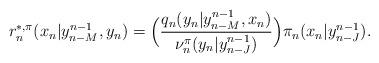
LaTeX: \begin{align*}r^{*,\pi}_n(x_n|y^{n-1}_{n-M},y_n)=\Big(\frac{q_n(y_n|y^{n-1}_{n-M},x_n)}{\nu^{\pi}_{n}(y_n|y^{n-1}_{n-J})}\Big){\pi}_{n}(x_n|y^{n-1}_{n-J}).\end{align*}